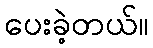
ပေးခဲ့တယ်။